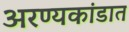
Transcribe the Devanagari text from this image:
अरण्यकांडात